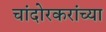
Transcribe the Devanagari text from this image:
चांदोरकरांच्या